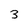
Character: 3